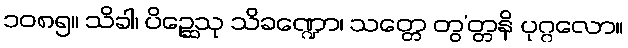
၁၀၈၅။ သိခါ၊ ပိဉ္ဆေသု သိခဏ္ဍော၊ သတ္တေ တွ’တ္တနိ ပုဂ္ဂလော။